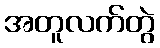
အတူလက်တွဲ